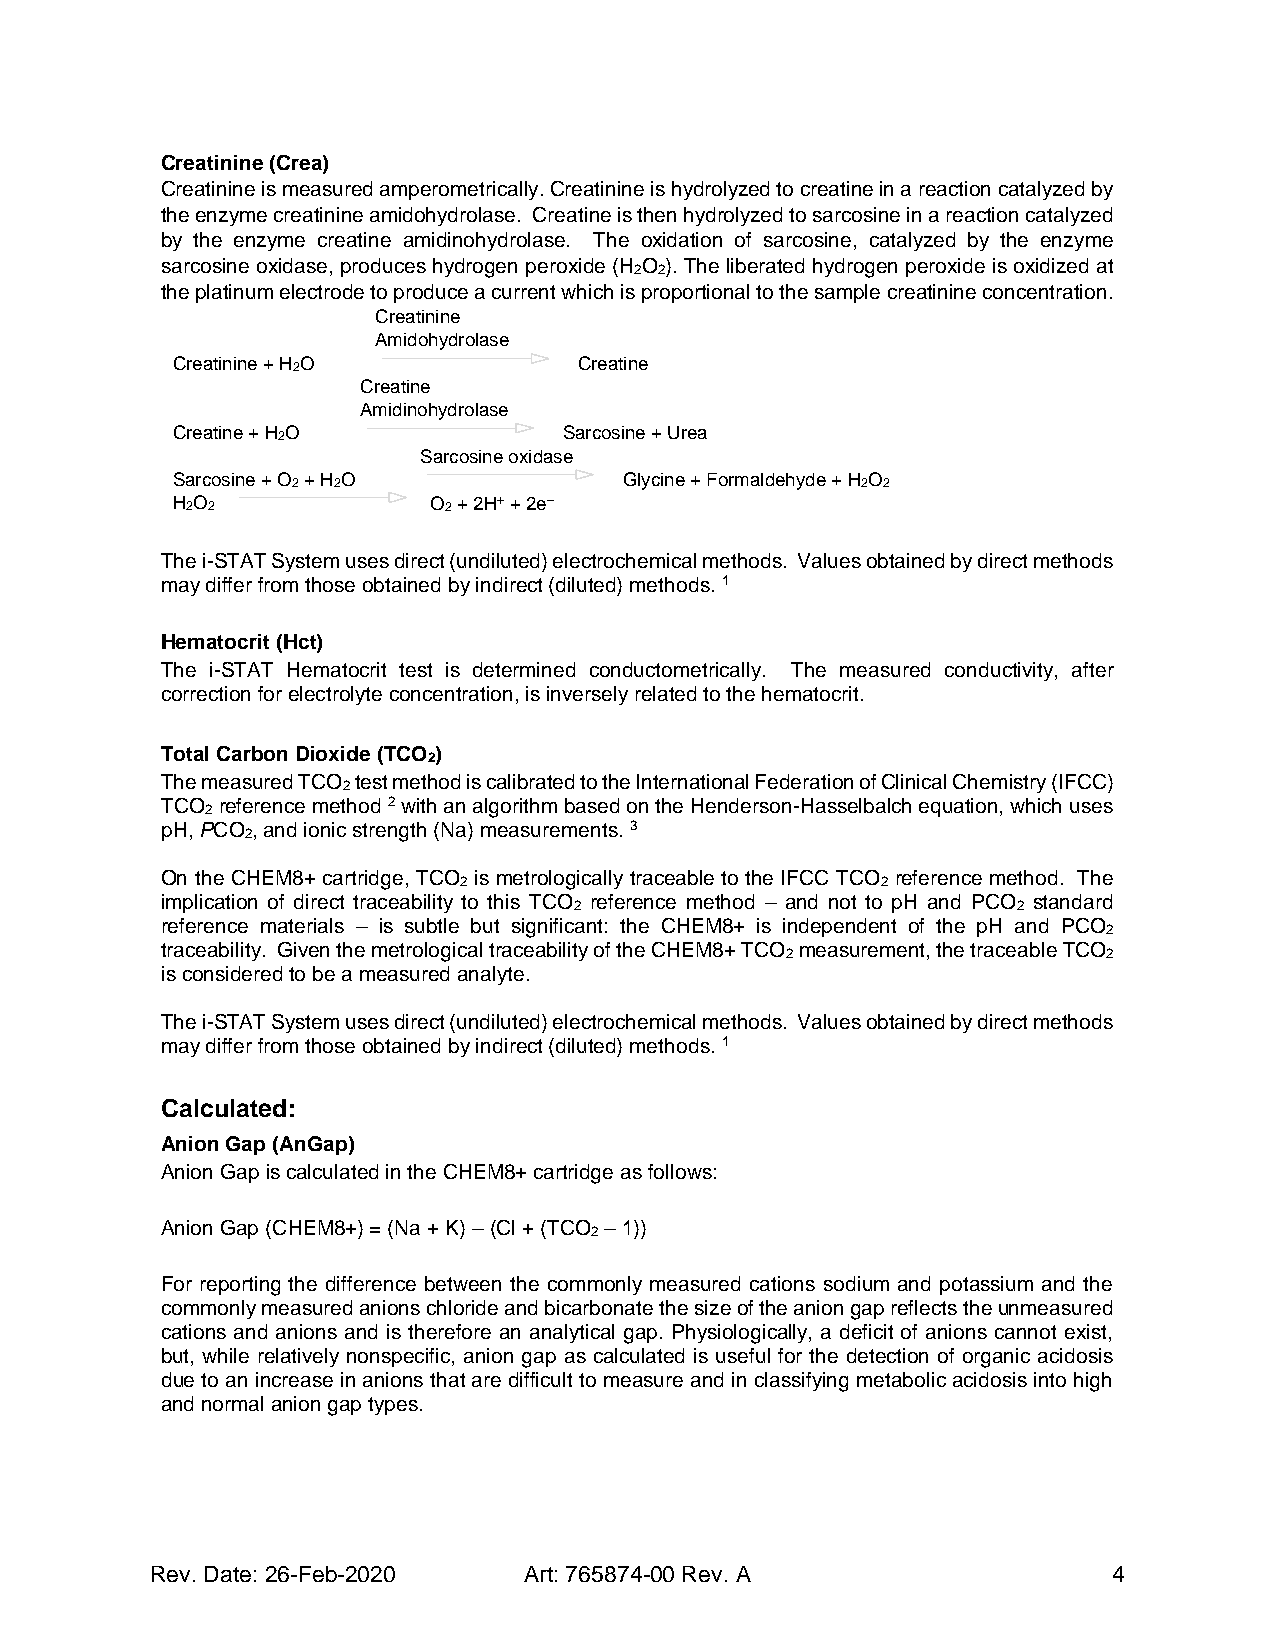
Creatinine (Crea)
 Creatinine is measured amperometrically. Creatinine is hydrolyzed to creatine in a reaction catalyzed by
 the enzyme creatinine amidohydrolase. Creatine is then hydrolyzed to sarcosine in a reaction catalyzed
 by the enzyme creatine amidinohydrolase. The oxidation of sarcosine, catalyzed by the enzyme
 sarcosine oxidase, produces hydrogen peroxide (H O ). The liberated hydrogen peroxide is oxidized at
 2 2
 the platinum electrode to produce a current which is proportional to the sample creatinine concentration.
 Creatinine
 Amidohydrolase
 Creatinine + H2O           Creatine
 Creatine
 Amidinohydrolase
 Creatine + H2O            Sarcosine + Urea
 Sarcosine oxidase
 Sarcosine + O2 + H2O          Glycine + Formaldehyde + H2O2
 H2O2             O2 + 2H+ + 2e−
 The i-STAT System uses direct (undiluted) electrochemical methods. Values obtained by direct methods
 may differ from those obtained by indirect (diluted) methods. 1
 Hematocrit (Hct)
 The i-STAT Hematocrit test is determined conductometrically. The measured conductivity, after
 correction for electrolyte concentration, is inversely related to the hematocrit.
 Total Carbon Dioxide (TCO )
 2
 The measured TCO test method is calibrated to the International Federation of Clinical Chemistry (IFCC)
 2
 TCO reference method 2 with an algorithm based on the Henderson-Hasselbalch equation, which uses
 2
 pH, PCO , and ionic strength (Na) measurements. 3
 2
 On the CHEM8+ cartridge, TCO is metrologically traceable to the IFCC TCO reference method. The
 2                           2
 implication of direct traceability to this TCO reference method – and not to pH and PCO standard
 2                            2
 reference materials – is subtle but significant: the CHEM8+ is independent of the pH and PCO
 2
 traceability. Given the metrological traceability of the CHEM8+ TCO measurement, the traceable TCO
 2                    2
 is considered to be a measured analyte.
 The i-STAT System uses direct (undiluted) electrochemical methods. Values obtained by direct methods
 may differ from those obtained by indirect (diluted) methods. 1
 Calculated:
 Anion Gap (AnGap)
 Anion Gap is calculated in the CHEM8+ cartridge as follows:
 Anion Gap (CHEM8+) = (Na + K) – (Cl + (TCO – 1))
 2
 For reporting the difference between the commonly measured cations sodium and potassium and the
 commonly measured anions chloride and bicarbonate the size of the anion gap reflects the unmeasured
 cations and anions and is therefore an analytical gap. Physiologically, a deficit of anions cannot exist,
 but, while relatively nonspecific, anion gap as calculated is useful for the detection of organic acidosis
 due to an increase in anions that are difficult to measure and in classifying metabolic acidosis into high
 and normal anion gap types.
 Rev. Date: 26-Feb-2020   Art: 765874-00 Rev. A                  4